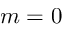
m = 0